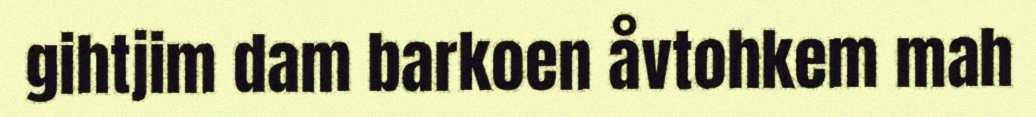
gihtjim dam barkoen åvtohkem mah